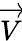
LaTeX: \overrightarrow{V}